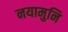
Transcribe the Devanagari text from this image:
नयामुनि